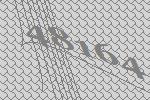
48164